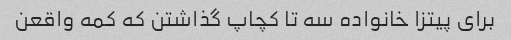
برای پیتزا خانواده سه تا کچاپ گذاشتن که کمه واقعن